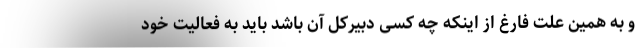
و به همین علت فارغ از اینکه چه کسی دبیرکل آن باشد باید به فعالیت خود